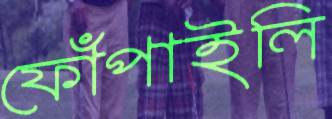
ফোঁপাইলি